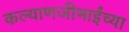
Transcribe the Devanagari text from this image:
कल्याणजीभाईंच्या